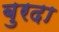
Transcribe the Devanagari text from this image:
बुरदा